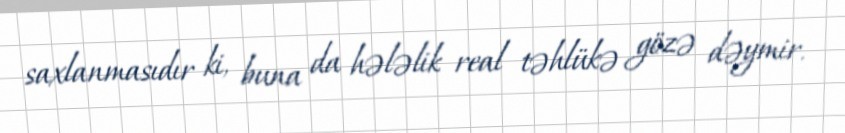
saxlanmasıdır ki, buna da hələlik real təhlükə gözə dəymir.